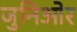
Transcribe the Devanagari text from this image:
जुनिओर